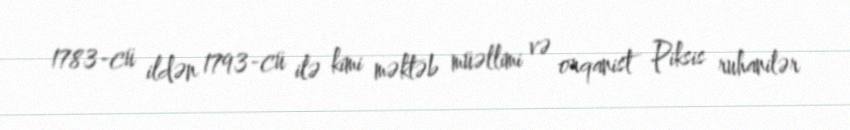
1783-cü ildən 1793-cü ilə kimi məktəb müəllimi və orqanist Piksis ruhanilər